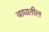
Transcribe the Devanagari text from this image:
वाद्यातील